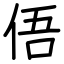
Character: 俉